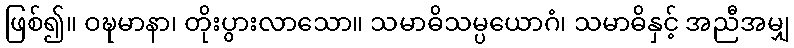
ဖြစ်၍။ ဝဍ္ဎမာနာ၊ တိုးပွားလာသော။ သမာဓိသမ္ပယောဂံ၊ သမာဓိနှင့် အညီအမျှ